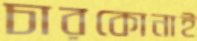
চারকোনাই